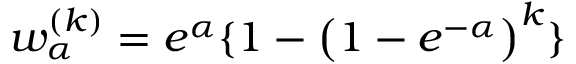
w _ { \alpha } ^ { ( k ) } = e ^ { \alpha } \{ 1 - \big ( 1 - e ^ { - \alpha } \big ) ^ { k } \}